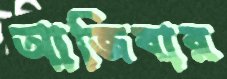
আজিবার